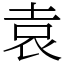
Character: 袁